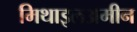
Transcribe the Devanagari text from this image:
मिथाइलअमीन